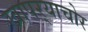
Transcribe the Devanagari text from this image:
खापर्‍याचोर